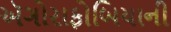
ઍગોરાફોબિયાની